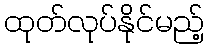
ထုတ်လုပ်နိုင်မည့်